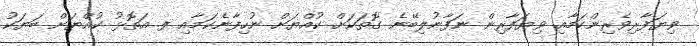
ވިޔަފާރިވެރިންކަމާއި ވިޔަފާރިން ނަފާނުލިބޭނެ ގޮތަކަށް ކުއްޔަށް ނުހިފާނެކަމާއި ފ. އަތޮޅު ކުއްޔަށް ބަޔަކު